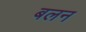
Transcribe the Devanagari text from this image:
बलन